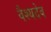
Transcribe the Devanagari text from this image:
वैश्यदेव